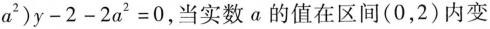
$$a ^ { 2})y-2-2a ^ { 2}=0$$，当实数a的值在区间(0，2)内变